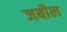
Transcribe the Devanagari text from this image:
जबील